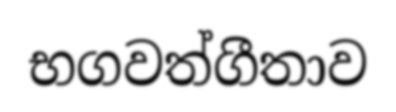
භගවත්ගීතාව